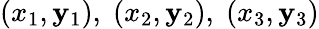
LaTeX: (x_{1},\mathbf{y}_{1}),\; (x_{2},\mathbf{y}_{2}),\; (x_{3},\mathbf{y}_{3})